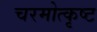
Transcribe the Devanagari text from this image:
चरमोत्कृष्ट